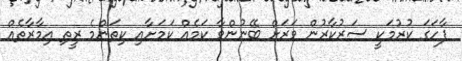
ފާހަގަ ކުރުމަކީ ސަރުކާރުން ވަރަށް ބޭނުންވާ ކަމެއް ކަމަށާއި ކިތަންމެ ރީތި އިމާރާތެއް